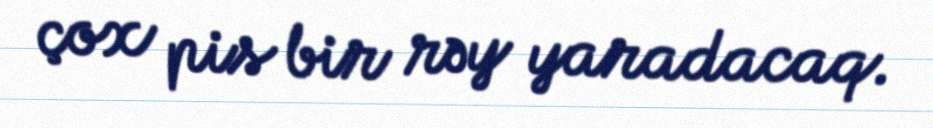
çox pis bir rəy yaradacaq.